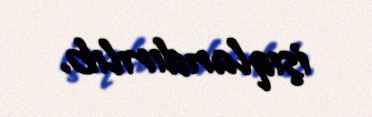
işıqlandırılıb.